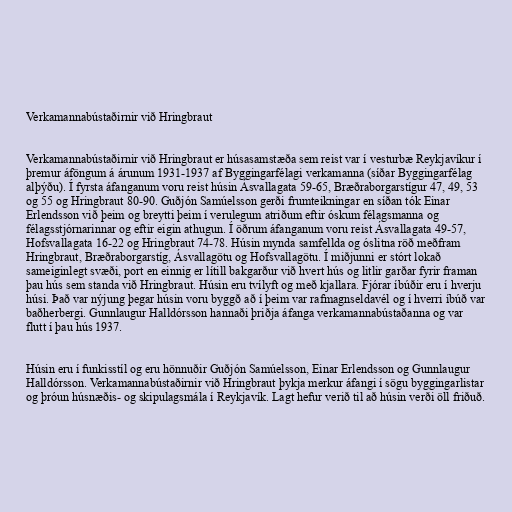
Verkamannabústaðirnir við Hringbraut

Verkamannabústaðirnir við Hringbraut er húsasamstæða sem reist var í vesturbæ Reykjavíkur í
þremur áföngum á árunum 1931-1937 af Byggingarfélagi verkamanna (síðar Byggingarfélag
alþýðu). Í fyrsta áfanganum voru reist húsin Ásvallagata 59-65, Bræðraborgarstígur 47, 49, 53
og 55 og Hringbraut 80-90. Guðjón Samúelsson gerði frumteikningar en síðan tók Einar
Erlendsson við þeim og breytti þeim í verulegum atriðum eftir óskum félagsmanna og
félagsstjórnarinnar og eftir eigin athugun. Í öðrum áfanganum voru reist Ásvallagata 49-57,
Hofsvallagata 16-22 og Hringbraut 74-78. Húsin mynda samfellda og óslitna röð meðfram
Hringbraut, Bræðraborgarstíg, Ásvallagötu og Hofsvallagötu. Í miðjunni er stórt lokað
sameiginlegt svæði, port en einnig er lítill bakgarður við hvert hús og litlir garðar fyrir framan
þau hús sem standa við Hringbraut. Húsin eru tvílyft og með kjallara. Fjórar íbúðir eru í hverju
húsi. Það var nýjung þegar húsin voru byggð að í þeim var rafmagnseldavél og í hverri íbúð var
baðherbergi. Gunnlaugur Halldórsson hannaði þriðja áfanga verkamannabústaðanna og var
flutt í þau hús 1937.

Húsin eru í funkisstíl og eru hönnuðir Guðjón Samúelsson, Einar Erlendsson og Gunnlaugur
Halldórsson. Verkamannabústaðirnir við Hringbraut þykja merkur áfangi í sögu byggingarlistar
og þróun húsnæðis- og skipulagsmála í Reykjavík. Lagt hefur verið til að húsin verði öll friðuð.